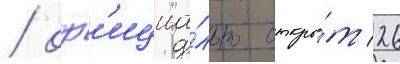
/ оф'ициа́льно откры́т 26